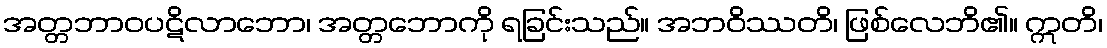
အတ္တဘာဝပဋိလာဘော၊ အတ္တဘောကို ရခြင်းသည်။ အဘဝိဿတိ၊ ဖြစ်လေဘိ၏။ ဣတိ၊